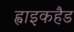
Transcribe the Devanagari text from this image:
ह्वाइकहैड